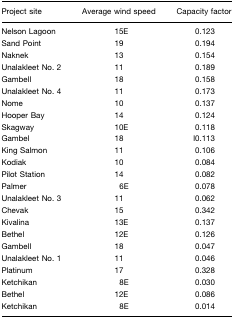
| Project site | Average wind speed | Capacity factor |
 | --- | --- | --- |
 | Nelson Lagoon | 15E | 0.123 |
 | Sand Point | 19 | 0.194 |
 | Naknek | 13 | 0.154 |
 | Unalakleet No. 2 | 11 | 0.189 |
 | Gambell | 18 | 0.158 |
 | Unalakleet No. 4 | 11 | 0.173 |
 | Nome | 10 | 0.137 |
 | Hooper Bay | 14 | 0.124 |
 | Skagway | 10E | 0.118 |
 | Gambel | 18 | l0.113 |
 | King Salmon | 11 | 0.106 |
 | Kodiak | 10 | 0.084 |
 | Pilot Station | 14 | 0.082 |
 | Palmer | 6E | 0.078 |
 | Unalakleet No. 3 | 11 | 0.062 |
 | Chevak | 15 | 0.342 |
 | Kivalina | 13E | 0.137 |
 | Bethel | 12E | 0.126 |
 | Gambell | 18 | 0.047 |
 | Unalakleet No. 1 | 11 | 0.046 |
 | Platinum | 17 | 0.328 |
 | Ketchikan | 8E | 0.030 |
 | Bethel | 12E | 0.086 |
 | Ketchikan | 8E | 0.014 |